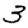
Digit: 3